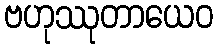
ဗဟုဿုတာယေဝ